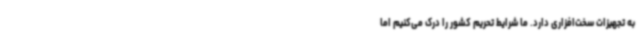
به تجهیزات سخت‌افزاری دارد. ما شرایط تحریم کشور را درک می‌کنیم اما